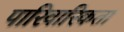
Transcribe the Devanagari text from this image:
पारिवारिकता